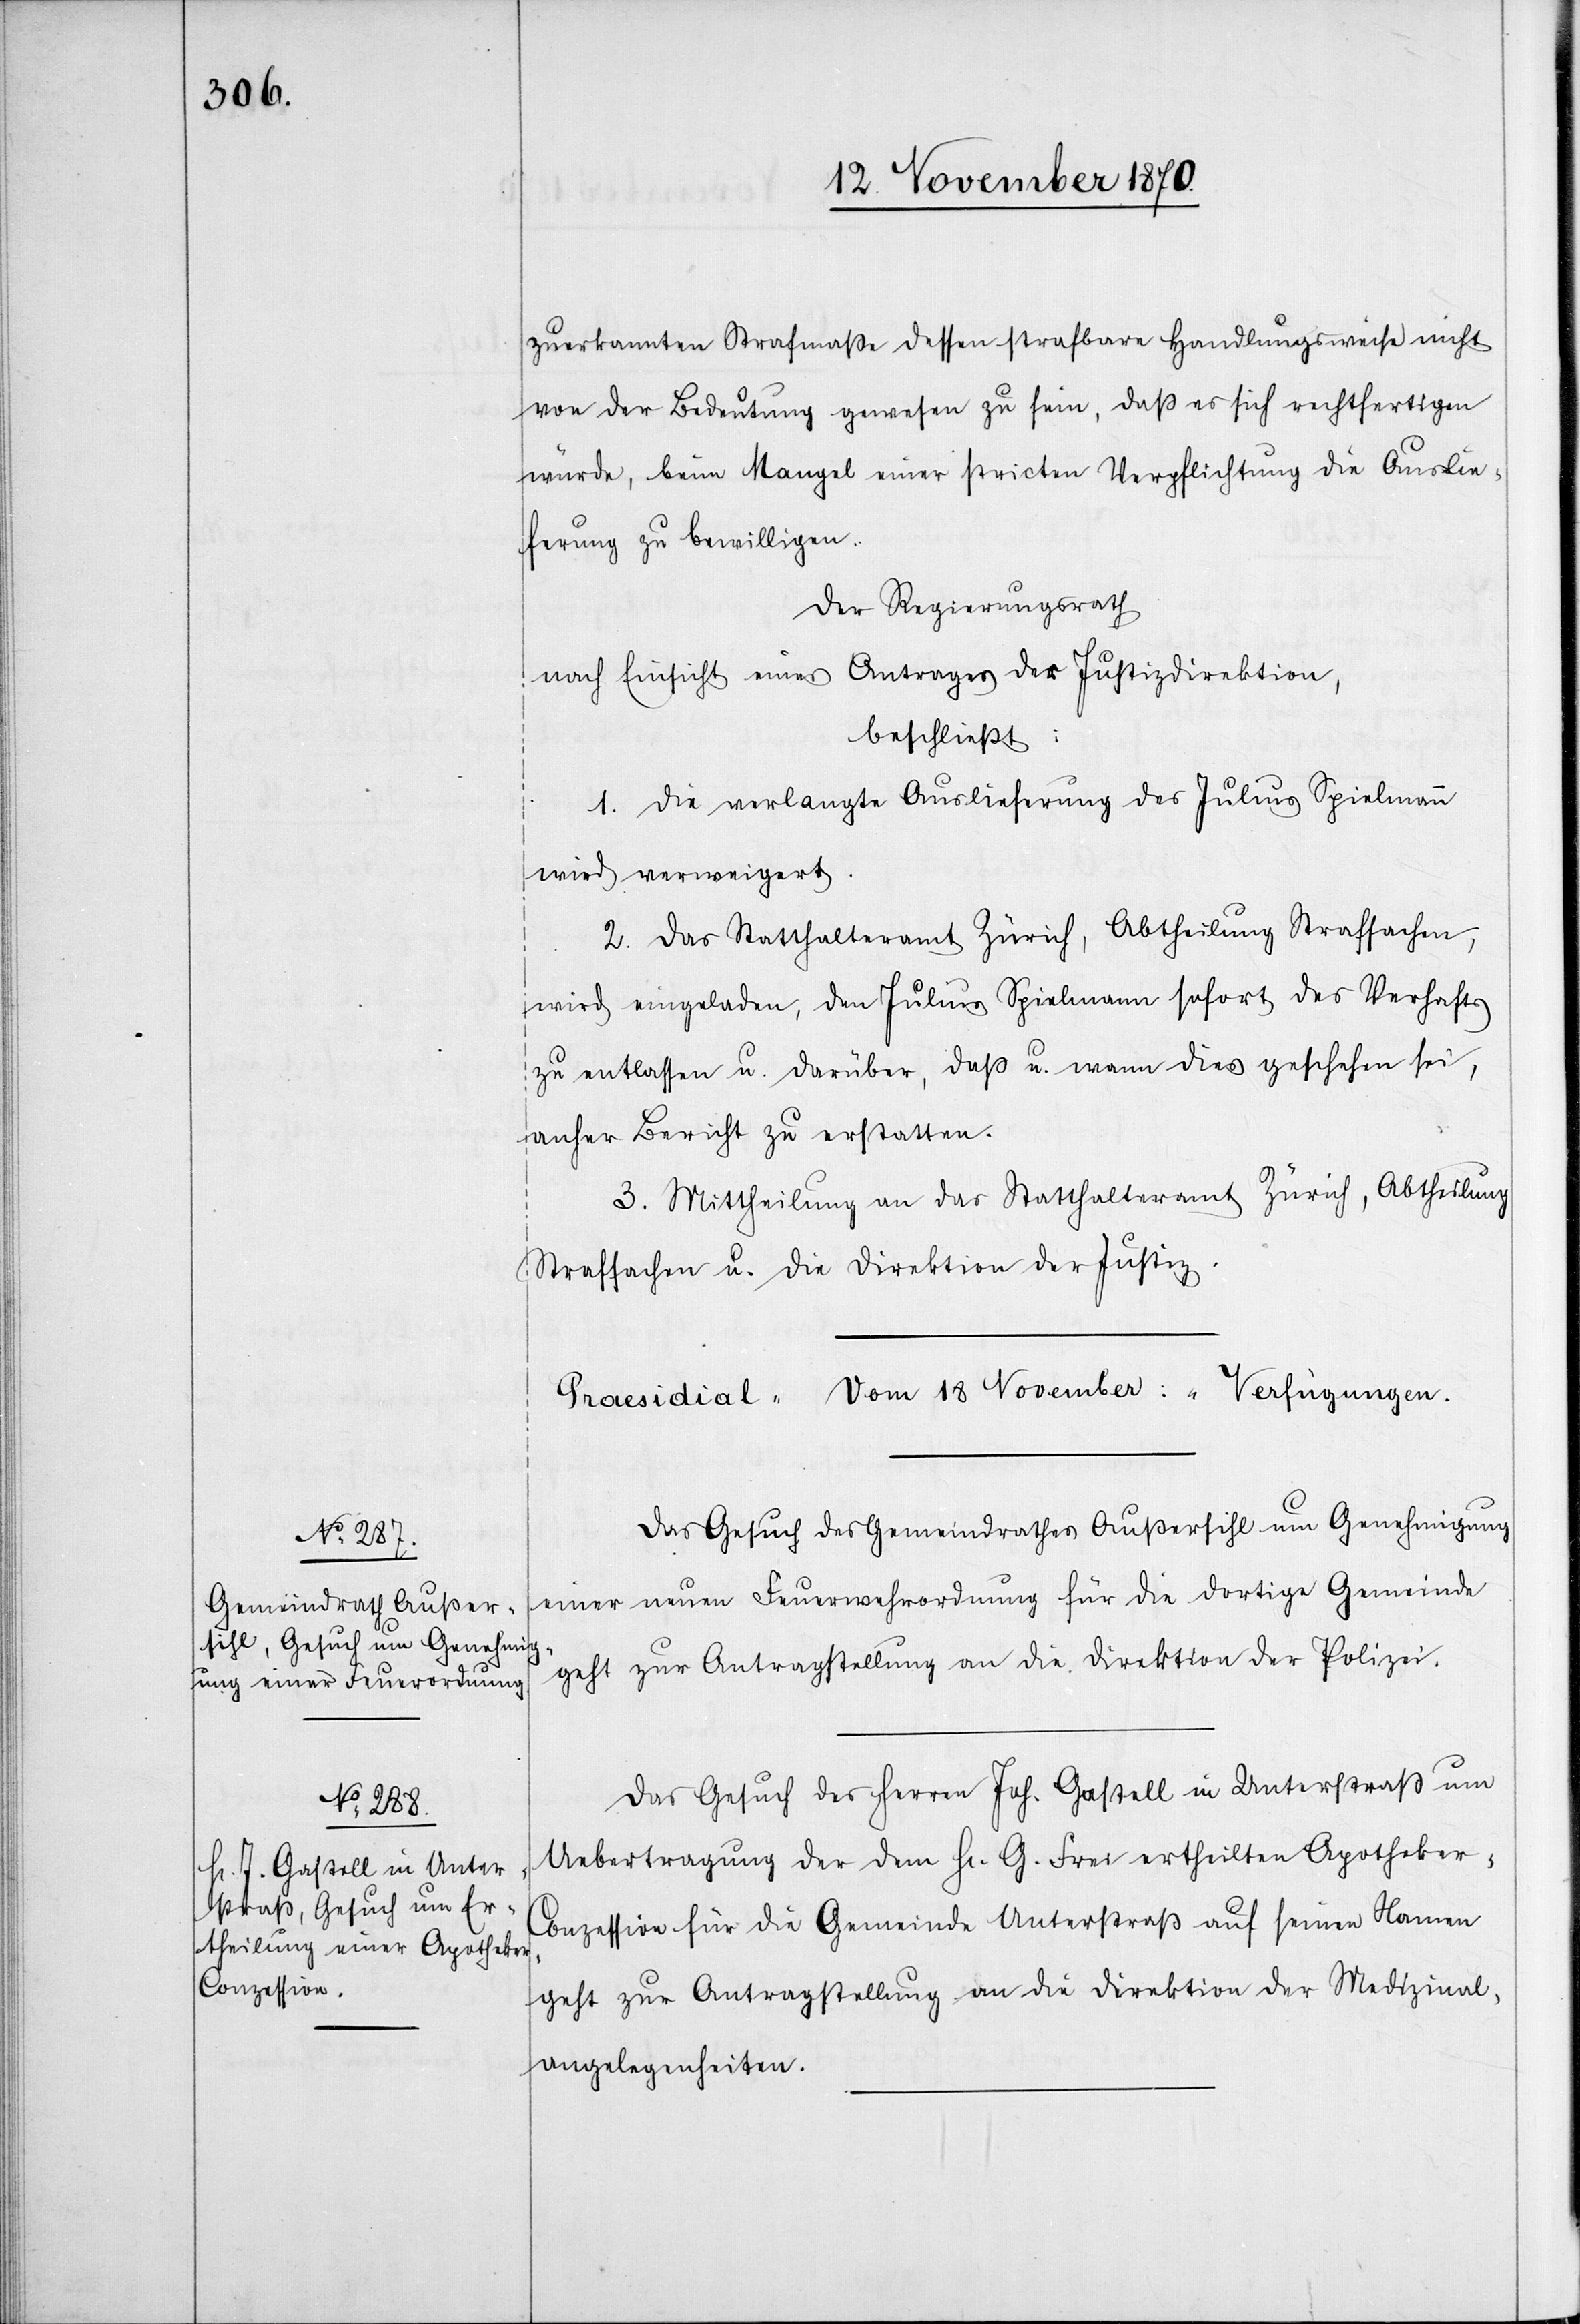
zuerkannten Strafmaße dessen strafbare Handlungsweise nicht
von der Bedeutung gewesen zu sein, daß es sich rechtfertigen
würde, beim Mangel einer stricten Verpflichtung die Auslie¬
ferung zu bewilligen.
Der Regierungsrath
nach Einsicht eines Antrages der Justizdirektion,
beschließt:
1. Die verlangte Auslieferung des Julius Spielmann
wird verweigert.
2. Das Statthalteramt Zürich, Abtheilung Strafsachen,
wird eingeladen, den Julius Spielmann sofort des Verhafts
zu entlassen u. darüber, daß u. wann dies geschehen sei,
anher Bericht zu erstatten.
3. Mittheilung an das Statthalteramt Zürich, Abtheilung
Strafsachen u. die Direktion der Justiz.
[Praesidial - Vom 18 November: - Verfügungen.]
Das Gesuch des Gemeindrathes Außersihl um Genehmigung
einer neuen Feuerwehrordnung für die dortige Gemeinde
geht zur Antragstellung an die Direktion der Polizei.
Das Gesuch des Herren Joh. Gastell in Unterstraß um
Uebertragung der dem H[errn] G. Frei ertheilten Apotheker-C¬
onzession für die Gemeinde Unterstraß auf seinen Namen
geht zur Antragstellung an die Direktion der Medizinal¬
angelegenheiten.